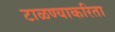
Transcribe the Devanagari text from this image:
टाळण्याकरिता